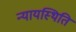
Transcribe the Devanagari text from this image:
न्यायस्थिति